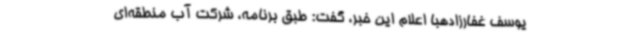
یوسف غفارزادهبا اعلام این خبر، گفت: طبق برنامه، شرکت آب منطقه‌ای